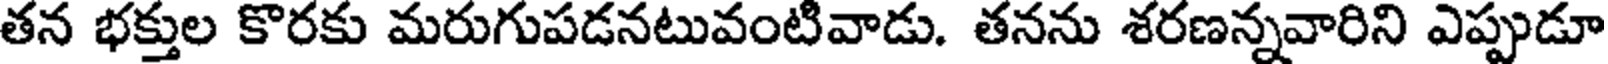
తన భక్తుల కొరకు మరుగుపడనటువంటివాడు. తనను శరణన్నవారిని ఎప్పుడూ